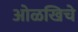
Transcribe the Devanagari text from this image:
ओळखिचे